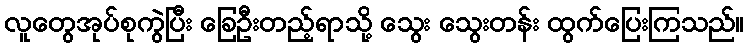
လူတွေအုပ်စုကွဲပြီး ခြေဦးတည့်ရာသို့ သွေး သွေးတန်း ထွက်ပြေးကြသည်။